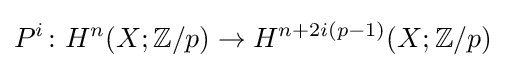
P^{i}\colon H^{n}(X;\mathbb {Z} /p)\to H^{n+2i(p-1)}(X;\mathbb {Z} /p)